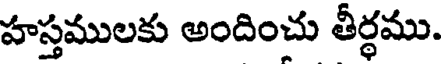
హస్తములకు అందించు తీర్థము.